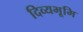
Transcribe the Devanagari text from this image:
दिव्यभूमि